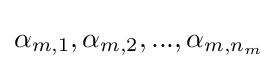
\alpha _{m,1},\alpha _{m,2},...,\alpha _{m,n_{m}}